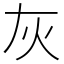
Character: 灰